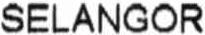
SELANGOR